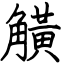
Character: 觵